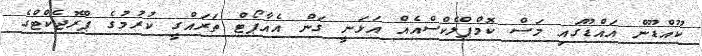
ކޫއްޑޫން އައްޑޫގައި މަސް ކޮމްޕްލެކްސްއެއް އަޅަނީ ގަން އެއާޕޯޓް ތަރައްގީ ކުރުމުގެ ޕްރޮޖެކްޓްގެ